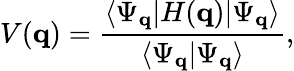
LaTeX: V(\mathbf{q})=\frac{\langle\Psi_{\mathbf{q}}|H(\mathbf{q})|\Psi_{\mathbf{q}}\rangle}{\langle\Psi_{\mathbf{q}}|\Psi_{\mathbf{q}}\rangle},